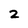
Character: 2